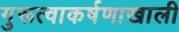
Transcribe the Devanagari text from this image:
गुरूत्वाकर्षणाखाली